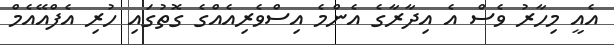
އެއީ މިހާރު ވެސް އެ އިދާރާގެ އެންމެ އިސްވެރިއެއްގެ ގޮތުގައި ހުރި އެފްއޭއެމް